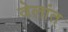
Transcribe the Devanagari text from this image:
वेलांत